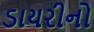
ડાયરીનો